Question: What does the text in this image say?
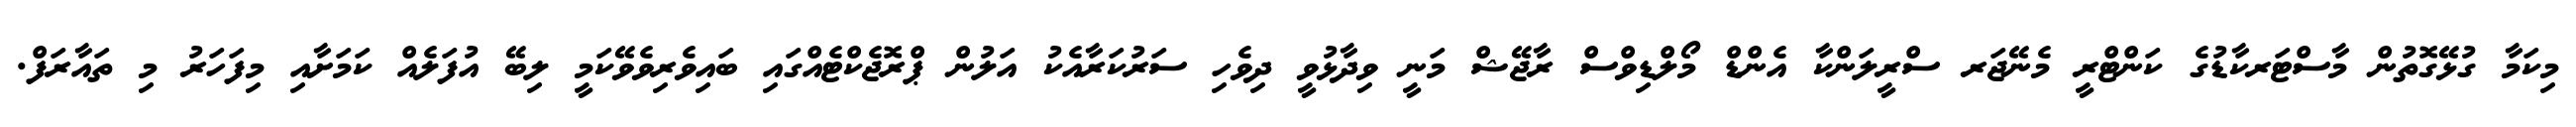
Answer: މިކަމާ ގުޅޭގޮތުން މާސްޓަރކާޑުގެ ކަންޓްރީ މެނޭޖަރ ސްރީލަންކާ އެންޑް މޯލްޑިވްސް ރާޖޭޝް މަނީ ވިދާޅުވީ ދިވެހި ސަރުކަރާއެކު އަލުން ޕްރޮޖެކްޓެއްގައި ބައިވެރިވެވޭކަމީ ލިބޭ އުފަލެއް ކަމަށާއި މިފަހަރު މި ތައާރަފް.